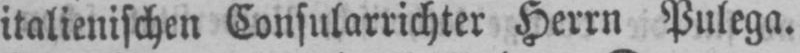
italienischen Consularrichter Herrn Pulega.